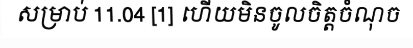
សម្រាប់ 11.04 [1] ហើយមិនចូលចិត្តចំណុច